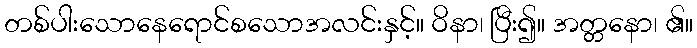
တစ်ပါးသောနေရောင်စသောအလင်းနှင့်။ ဝိနာ၊ ပြီး၍။ အတ္တနော၊ ၏။